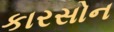
કારસોન